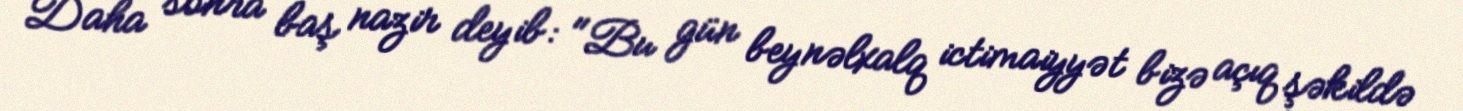
Daha sonra baş nazir deyib: "Bu gün beynəlxalq ictimaiyyət bizə açıq şəkildə